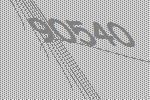
90540